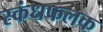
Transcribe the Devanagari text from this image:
स्कंधफलक